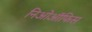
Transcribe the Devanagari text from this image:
निओऑफिस